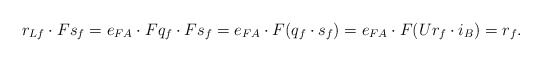
\begin{align*} r_{Lf}\cdot Fs_f=e_{FA}\cdot Fq_{f}\cdot Fs_f=e_{FA}\cdot F(q_f\cdot s_f)= e_{FA}\cdot F(Ur_f\cdot i_B)=r_f.\end{align*}